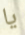
يا